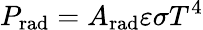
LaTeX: P_{\mathrm{{rad}}}=A_{\mathrm{{rad}}}\varepsilon\sigma T^{4}